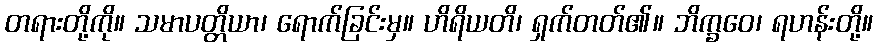
တရားတို့ကို။ သမာပတ္တိယာ၊ ရောက်ခြင်းမှ။ ဟိရိယတိ၊ ရှက်တတ်၏။ ဘိက္ခဝေ၊ ရဟန်းတို့။